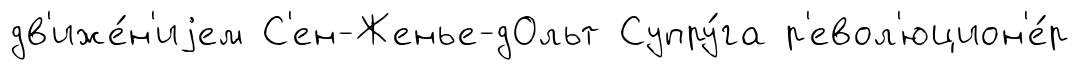
дв'иже́н'иjем С'ен-Женье-дОльт Супру́га р'евол'юцион'е́р